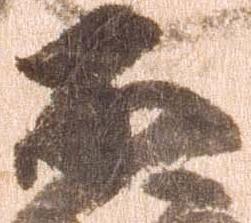
不